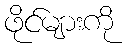
ဖိုင်များကို